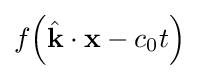
f{\left({\hat {\mathbf {k} }}\cdot \mathbf {x} -c_{0}t\right)}